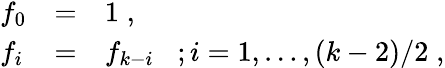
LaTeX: \begin{array}{lll}{{f_{0}}}&{{=}}&{{1\; ,}}\\ {{f_{i}}}&{{=}}&{{f_{k-i}\; \; \; ;i=1,\ldots,(k-2)/2\; ,}}\end{array}